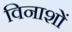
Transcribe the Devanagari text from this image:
विनाशों